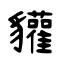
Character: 貛